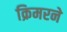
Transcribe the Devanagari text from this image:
क्रिमरने